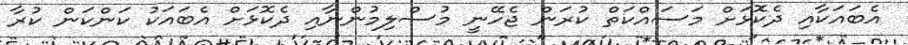
އެބައަކާއި ދެކޮޅަށް މަސައްކަތް ކުރަން ޖެހޭނީ މުސްލިމުންނާއި ދެކޮޅަށް އެބައަކު ކަންކަން ކުރާ